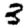
Digit: 3